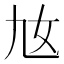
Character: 𡚪